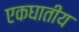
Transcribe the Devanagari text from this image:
एकघातीय